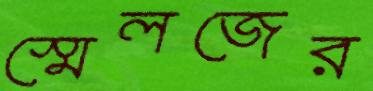
স্মেলজের